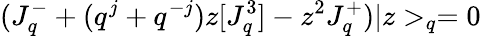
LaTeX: (J_{q}^{-}+(q^{j}+q^{-j})z[J_{q}^{3}]-z^{2}J_{q}^{+})|z>_{q}=0\,